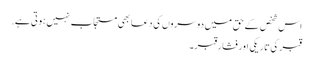
اس شخص کے حق میں دوسروں کی دعا بھی مستجاب نہیں ہوتی ہے.
قبر کی تاریکی اور فشار قبر۔